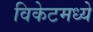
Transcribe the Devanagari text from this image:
विकेटमध्ये